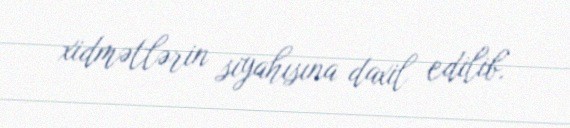
xidmətlərin siyahısına daxil edilib.